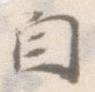
自